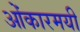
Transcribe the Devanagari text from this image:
ओंकारमयी